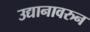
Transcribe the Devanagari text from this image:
उद्यानावरुन